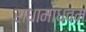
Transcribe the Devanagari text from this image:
राधामाधवम